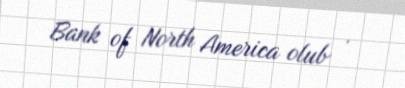
Bank of North America olub .